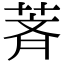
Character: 萕